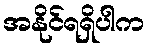
အနိုင်ရရှိပါက